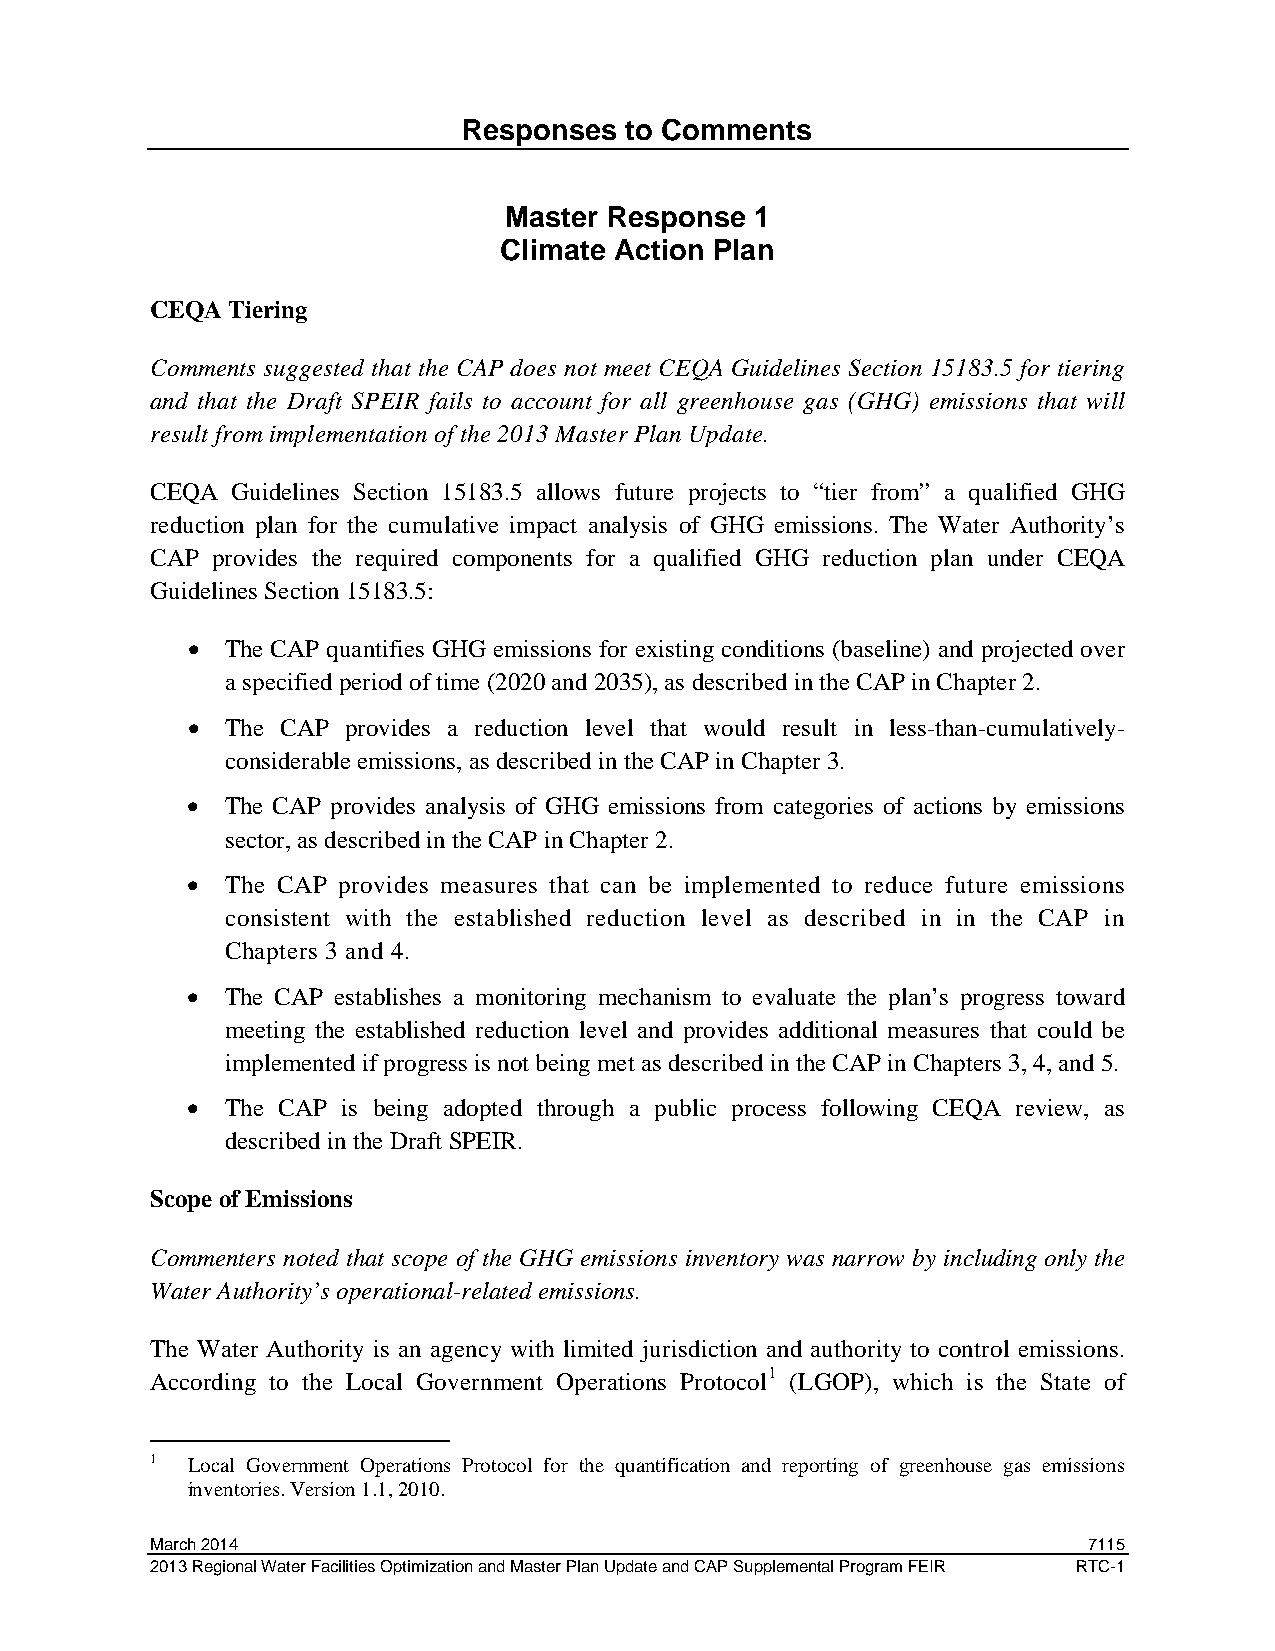
Responses to Comments
 Master Response  1
 Climate Action Plan
 CEQA Tiering
 Comments suggested that the CAP does not meet CEQA Guidelines Section 15183.5 for tiering
 and that the Draft SPEIR fails to account for all greenhouse gas (GHG) emissions that will
 result from implementation of the 2013 Master Plan Update.
 CEQA Guidelines Section 15183.5 allows future projects to “tier from” a qualified GHG
 reduction plan for the cumulative impact analysis of GHG emissions. The Water Authority’s
 CAP provides the required components for a qualified GHG reduction plan under CEQA
 Guidelines Section 15183.5:
 •  The CAP quantifies GHG emissions for existing conditions (baseline) and projected over
 a specified period of time (2020 and 2035), as described in the CAP in Chapter 2.
 •  The CAP provides a reduction level that would result in less-than-cumulatively-
 considerable emissions, as described in the CAP in Chapter 3.
 •  The CAP provides analysis of GHG emissions from categories of actions by emissions
 sector, as described in the CAP in Chapter 2.
 •  The CAP provides measures that can be implemented to reduce future emissions
 consistent with the established reduction level as described in in the CAP in
 Chapters 3 and 4.
 •  The CAP establishes a monitoring mechanism to evaluate the plan’s progress toward
 meeting the established reduction level and provides additional measures that could be
 implemented if progress is not being met as described in the CAP in Chapters 3, 4, and 5.
 •  The CAP is being adopted through a public process following CEQA review, as
 described in the Draft SPEIR.
 Scope of Emissions
 Commenters noted that scope of the GHG emissions inventory was narrow by including only the
 Water Authority’s operational-related emissions.
 The Water Authority is an agency with limited jurisdiction and authority to control emissions.
 According to the Local Government Operations Protocol1 (LGOP), which is the State of
 1 Local Government Operations Protocol for the quantification and reporting of greenhouse gas emissions
 inventories. Version 1.1, 2010.
 March 2014                                                    7115
 2013 Regional Water Facilities Optimization and Master Plan Update and CAP Supplemental Program FEIR RTC-1